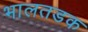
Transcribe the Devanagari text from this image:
भालतडक